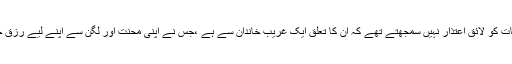
اس کے ساتھ ہی وہ اس بات کو لائق اعتذار نہیں سمجھتے تھے کہ ان کا تعلق ایک غریب خاندان سے ہے ،جس نے اپنی محنت اور لگن سے اپنے لیے رزق حلال کے مواقع پیدا کیے۔